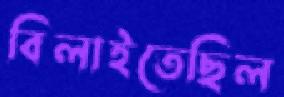
বিলাইতেছিল